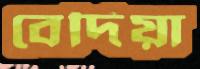
বেদিয়া